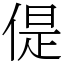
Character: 偍